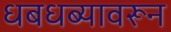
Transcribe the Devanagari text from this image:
धबधब्यावरून